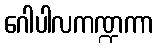
ဂေါပါလကဏ္ဍကာ